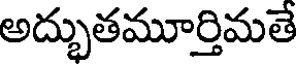
అద్భుతమూర్తిమతే